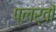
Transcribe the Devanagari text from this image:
प्लर्वों